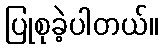
ပြုစုခဲ့ပါတယ်။